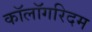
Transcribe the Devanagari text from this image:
कॉलॉगरिदम